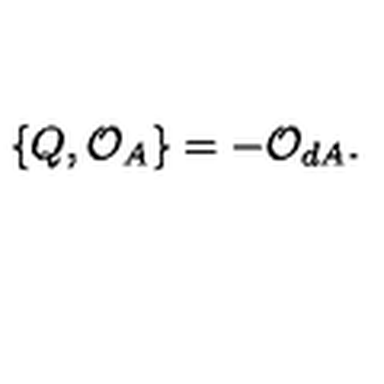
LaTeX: \{ Q , { \cal O } _ { A } \} = - { \cal O } _ { d A } .